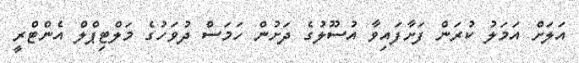
އަލަށް އަމަލު ކުރަން ފަށާފައިވާ އުސޫލުގެ ދަށުން ހަމަސް ދުވަހުގެ މަލްޓިޕްލް އެންޓްރީ